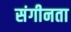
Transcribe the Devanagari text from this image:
संगीनता